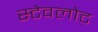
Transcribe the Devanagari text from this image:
स्टेवलोट